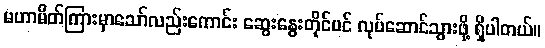
မဟာမိတ်ကြားမှာသော်လည်းကောင်း ဆွေးနွေးတိုင်ပင် လုပ်ဆောင်သွားဖို့ ရှိပါတယ်။